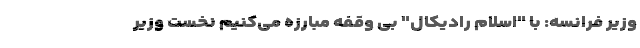
وزیر فرانسه: با "اسلام رادیکال" بی وقفه مبارزه می‌کنیم نخست وزیر